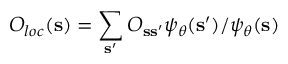
O _ { l o c } ( \mathbf { s } ) = \sum _ { \mathbf { s ^ { \prime } } } O _ { \mathbf { s } \mathbf { s } ^ { \prime } } \psi _ { \boldsymbol \theta } ( \mathbf { s } ^ { \prime } ) / \psi _ { \boldsymbol \theta } ( \mathbf { s } )